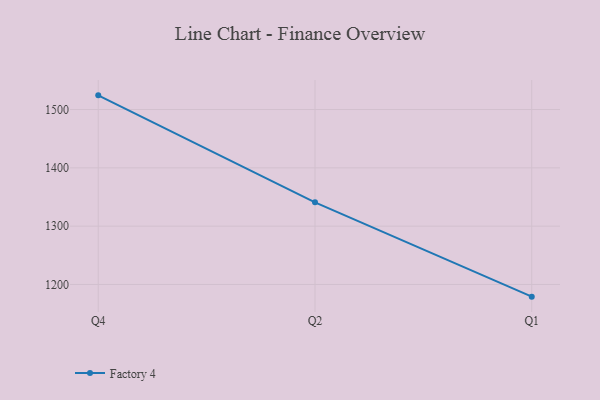
{"axis": {"x": "Quarter", "y": "Gross Profit (USD K)"}, "legend": ["Factory 4"], "data": [{"x": "Q4", "y": 1524.3, "type": "Factory 4"}, {"x": "Q2", "y": 1340.9, "type": "Factory 4"}, {"x": "Q1", "y": 1179.1, "type": "Factory 4"}]}